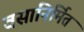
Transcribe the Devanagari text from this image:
वसानिर्मित